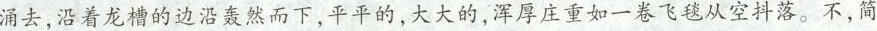
涌去，沿着龙槽的边沿轰然而下，平平的，大大的，浑厚庄重如一卷飞毯从空抖落。不，简